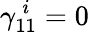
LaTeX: \gamma_{11}^{\, i}=0